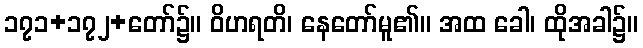
၁၇၁+၁၇၂+တော်၌။ ဝိဟရတိ၊ နေတော်မူ၏။ အထ ခေါ၊ ထိုအခါ၌။